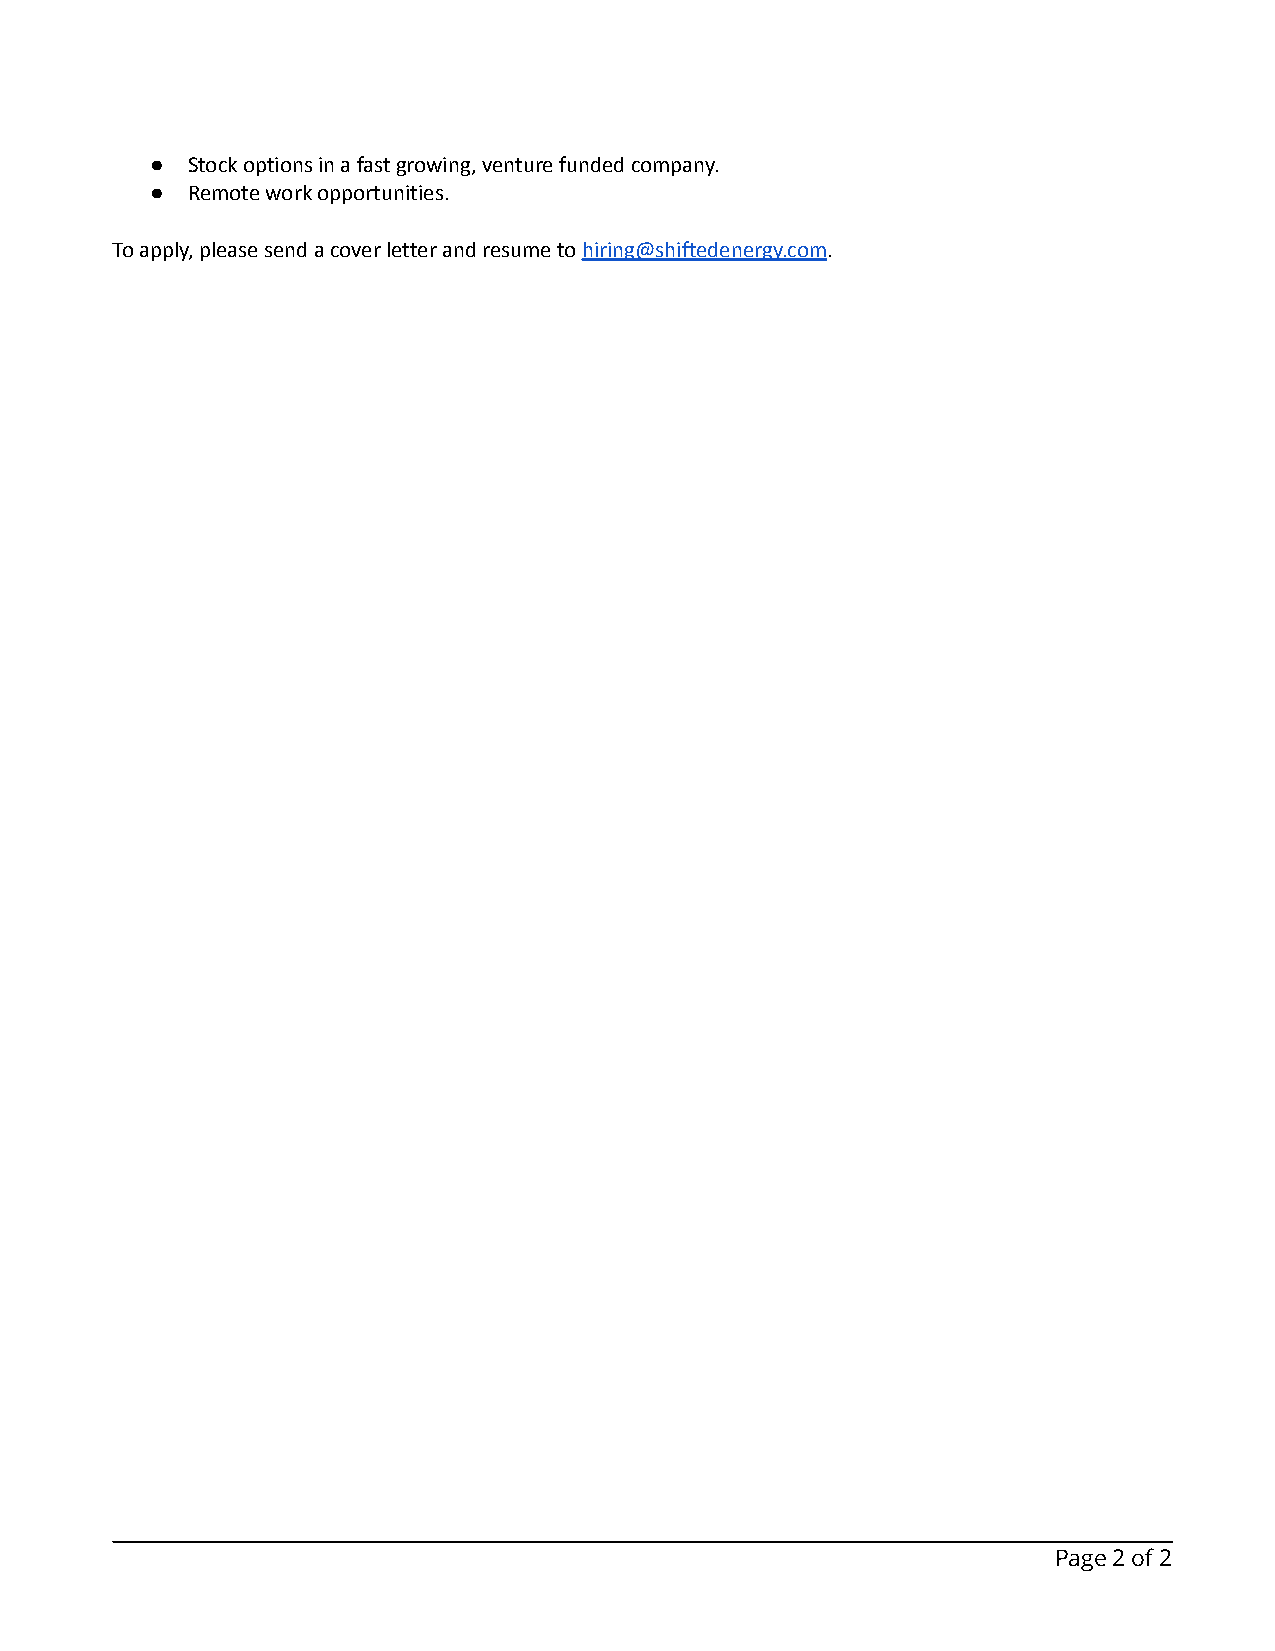
● Stock options in a fast growing, venture funded company.
 ● Remote work opportunities.
 To apply, please send a cover letter and resume tohiring@shiftedenergy.com.
 Page2of2